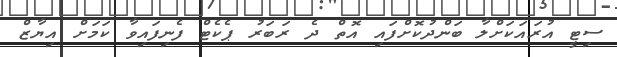
ސިޓީ އުރައަކަށްލާ ބަންދުކޮށްފައި އޮތް ދެ ރަބަރު ޕެކެޓް ފެނިފައިވާ ކަމަށް އިޔާޒް